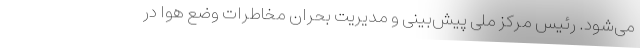
می‌شود. رئیس مرکز ملی پیش‌بینی و مدیریت بحران مخاطرات وضع هوا در